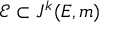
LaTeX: { \mathcal { E } } \subset J ^ { k } ( E , m )